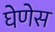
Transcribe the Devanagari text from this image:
घेणेस